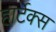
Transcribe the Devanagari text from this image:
हार्टेक्स